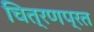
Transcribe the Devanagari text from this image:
चित्रणप्रत